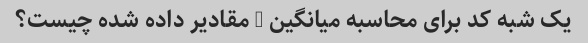
یک شبه کد برای محاسبه میانگین n مقادیر داده شده چیست؟